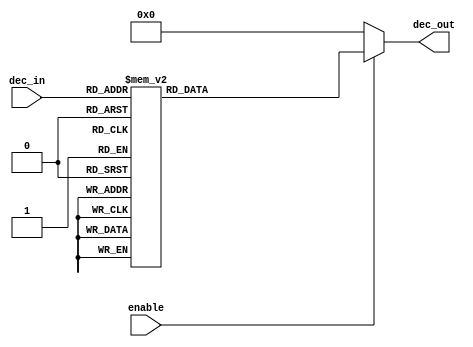
module decoder(dec_in, dec_out, enable);

input [2:0] dec_in;
input enable;
output [7:0] dec_out;

reg [7:0] dec_out;

always @(enable or dec_in)
    begin
        dec_out = 0;
        if(enable) begin 
            case (dec_in)
                0: dec_out = 1;
                1: dec_out = 2;
                2: dec_out = 4;
                3: dec_out = 8;
                4: dec_out = 16;
                5: dec_out = 32;
                6: dec_out = 64;
                7: dec_out = 128;
            endcase
        end
    end
endmodule